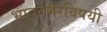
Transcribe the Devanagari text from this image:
भावनगरविषयी